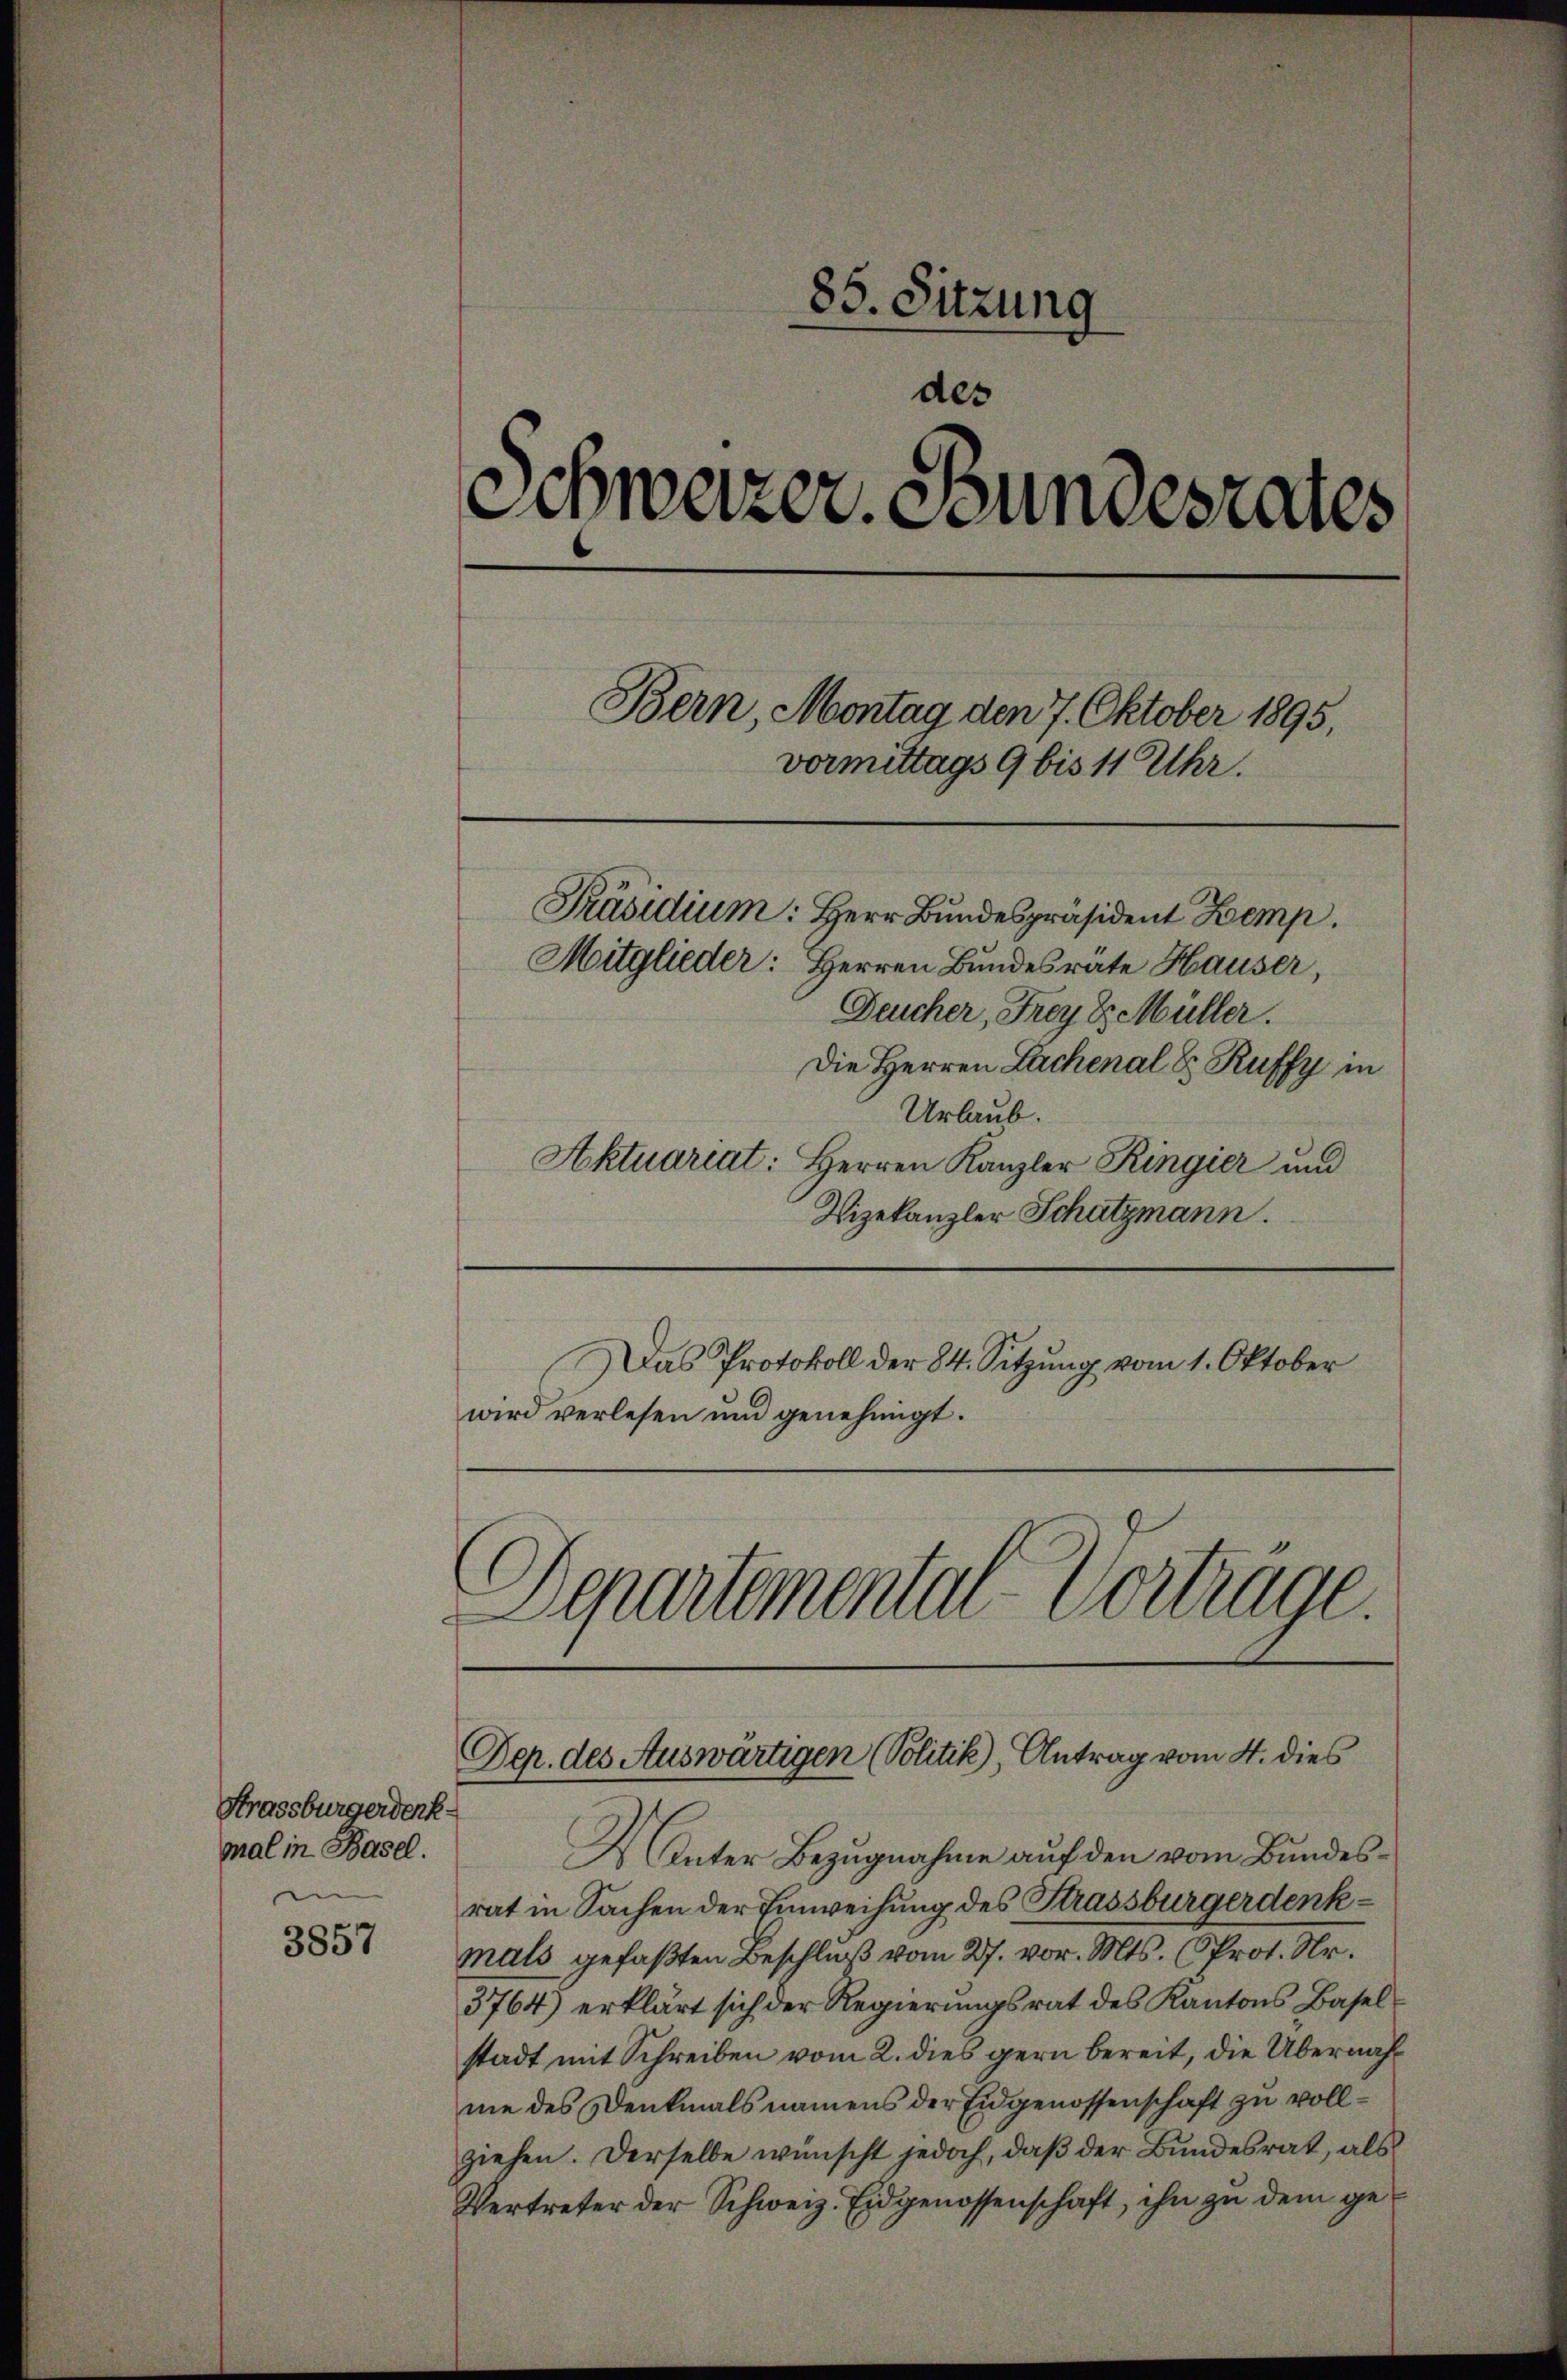
Strassburgerdenkmal in Basel.
.

3857

85. Sitzung
des
Schweizer. Stundesrates
Bern, Montag den 7. Oktober 1895,
vormittags 9 bis 11 Uhr.

Präsidium: Herr Bundespräsident Kemp
Mitglieder: Herren Bundesrate Hauser,
Deucher, Frey Sr. Müller.
Die Herren Lachenal S. Ruffy in
Urlaub.
Aktuariat: Herren Kanzler Ringier und
Vizekanzler Schatzmann.
Das Protokoll der 84. Sitzung vom 1. Oktober
wird verlesen und genehmigt.

.

Unter Bezugnahme auf den vom Bundesrat in Sachen der Einweisung des Strassburgerdenkmals gefaßten Beschluß vom 27. vor. Mts. (Prot. Nr.
3764) erklärt sich der Regierungsrat des Kantons Baselstadt mit Schreiben vom 2. dies gern bereit, die Übernahme des Denkmals namens der Eidgenossenschaft zu vollziehen. Derselbe wünscht jedoch, daß der Bundesrat, als
Vertreter der Schweiz. Eidgenossenschaft, ihn zu dem ge¬

Separtemental-Vortrage.
Dep. des Auswärtigen (Politik), Antrag vom 4. dies